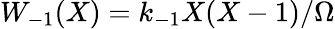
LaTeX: W_{-1}(X)=k_{-1}X(X-1)/\Omega